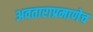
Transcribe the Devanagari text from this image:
अवताराप्रमाणेच